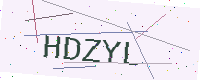
Text: HDZYL